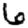
Digit: 6